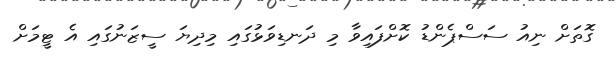
ގޮތަށް ނިއު ސަސްޕެންޑު ކޮށްފައިވާ މި ދަނޑިވަޅުގައި މިދިޔަ ސީޒަނުގައި އެ ޓީމަށް